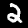
Digit: 2